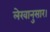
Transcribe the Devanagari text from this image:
लेखानुसार।